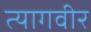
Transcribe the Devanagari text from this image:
त्यागवीर